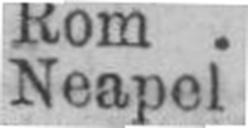
Neapel